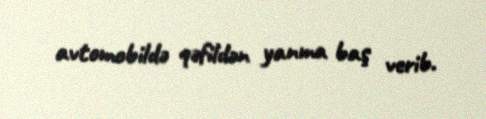
avtomobildə qəfildən yanma baş verib.